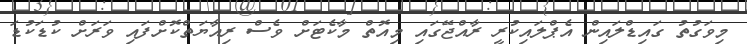
މިވަގުތު ގައިޑްލައިން އެޕްލައިކުރީ ރާއްޖޭގައި މިއޮތް މާކެޓަށް ވެސް ރިއާޔަތްކޮށްފައި ވަރަށް ކުޑަކުޑަ